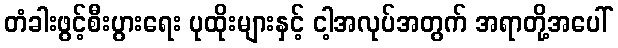
တံခါးဖွင့်စီးပွားရေး ပုထိုးများနှင့် ငါ့အလုပ်အတွက် အရာတို့အပေါ်